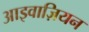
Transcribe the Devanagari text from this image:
आइवाज़ियन